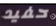
حفيد